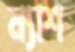
ন্যাশ